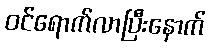
ဝင်ရောက်လာပြီးနောက်